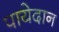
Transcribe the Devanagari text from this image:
पायेदान